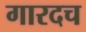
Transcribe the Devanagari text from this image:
गारदच